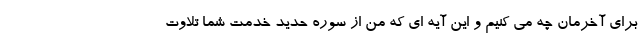
برای آخرمان چه می کنیم و این آیه ای که من از سوره حدید خدمت شما تلاوت